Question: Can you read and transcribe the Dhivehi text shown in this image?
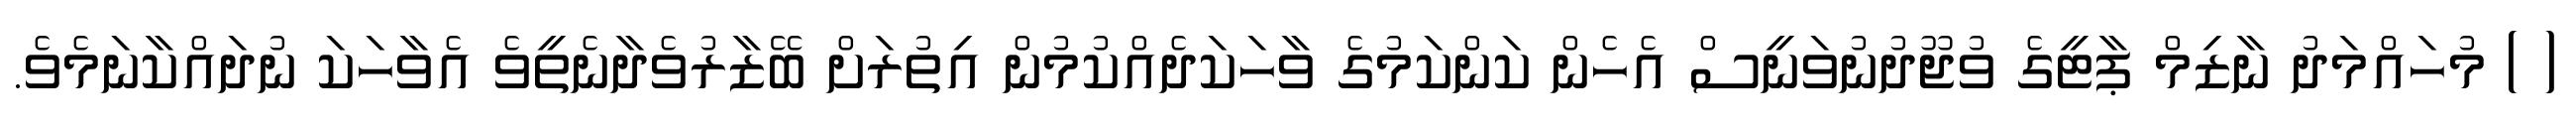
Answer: ( ) މުހައްމަދު ނާޒިމް ޕާޓީގެ ވުޖޫދުނުވަނީސް އެހެން ކަންކަމުގެ ވާހަކަދެއްކުމުން އިތުރަށް ބޭޒާރުވެދާނެތީވެ އެވާހަކަ ނުދައްކާނަމެވެ.